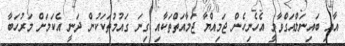
އާއި ބައިނަލްއަގްވާމީ އެހެނިހެން ޖަމިއްޔާ ޖަމާއަތްތަކާއި ގިނަ ގައުމުތަކަކުން ދަނީ އެކަމަށް މަރުހަބާ